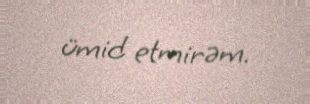
ümid etmirəm.